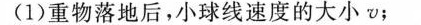
(1)重物落地后，小球线速度的大小\nu ；